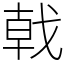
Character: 戟